Indian journal of veterinary science and animal husbandry - Volume 9,
Year: 1939
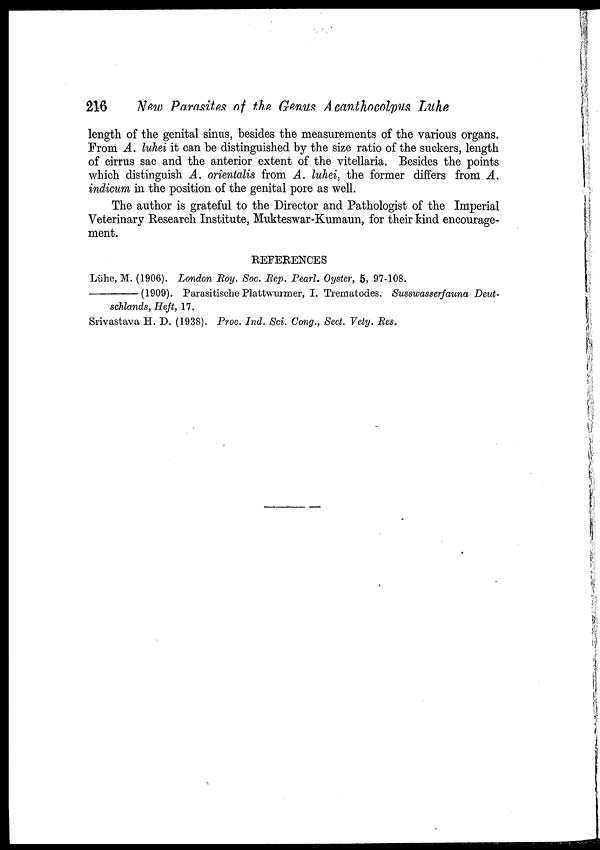
216
New Parasites of the Genus A canthocolpus Luhe
length of the genital sinus, besides the measurements of the various organs.
From A. luhei it can be distinguished by the size ratio of the suckers, length
of cirrus sac and the anterior extent of the vitellaria. Besides the points
which distinguish A. orientalis from A. luhei, the former differs from A.
indicum in the position of the genital pore as well.
The author is grateful to the Director and Pathologist of the Imperial
Veterinary Research Institute, Mukteswar-Kumaun, for their kind encourage-
ment.
REFERENCES
Lühe, M. (1906). London Roy. Soc. Rep. Pearl. Oyster, 5, 97-108.
(1909). Parasitische Plattwurmer, I. Trematodes. Susswasserfauna Deut-
schlands, Heft, 17.
Srivastava H. D. (1938). Proc. Ind. Sci. Cong., Sect. Vety. Res.